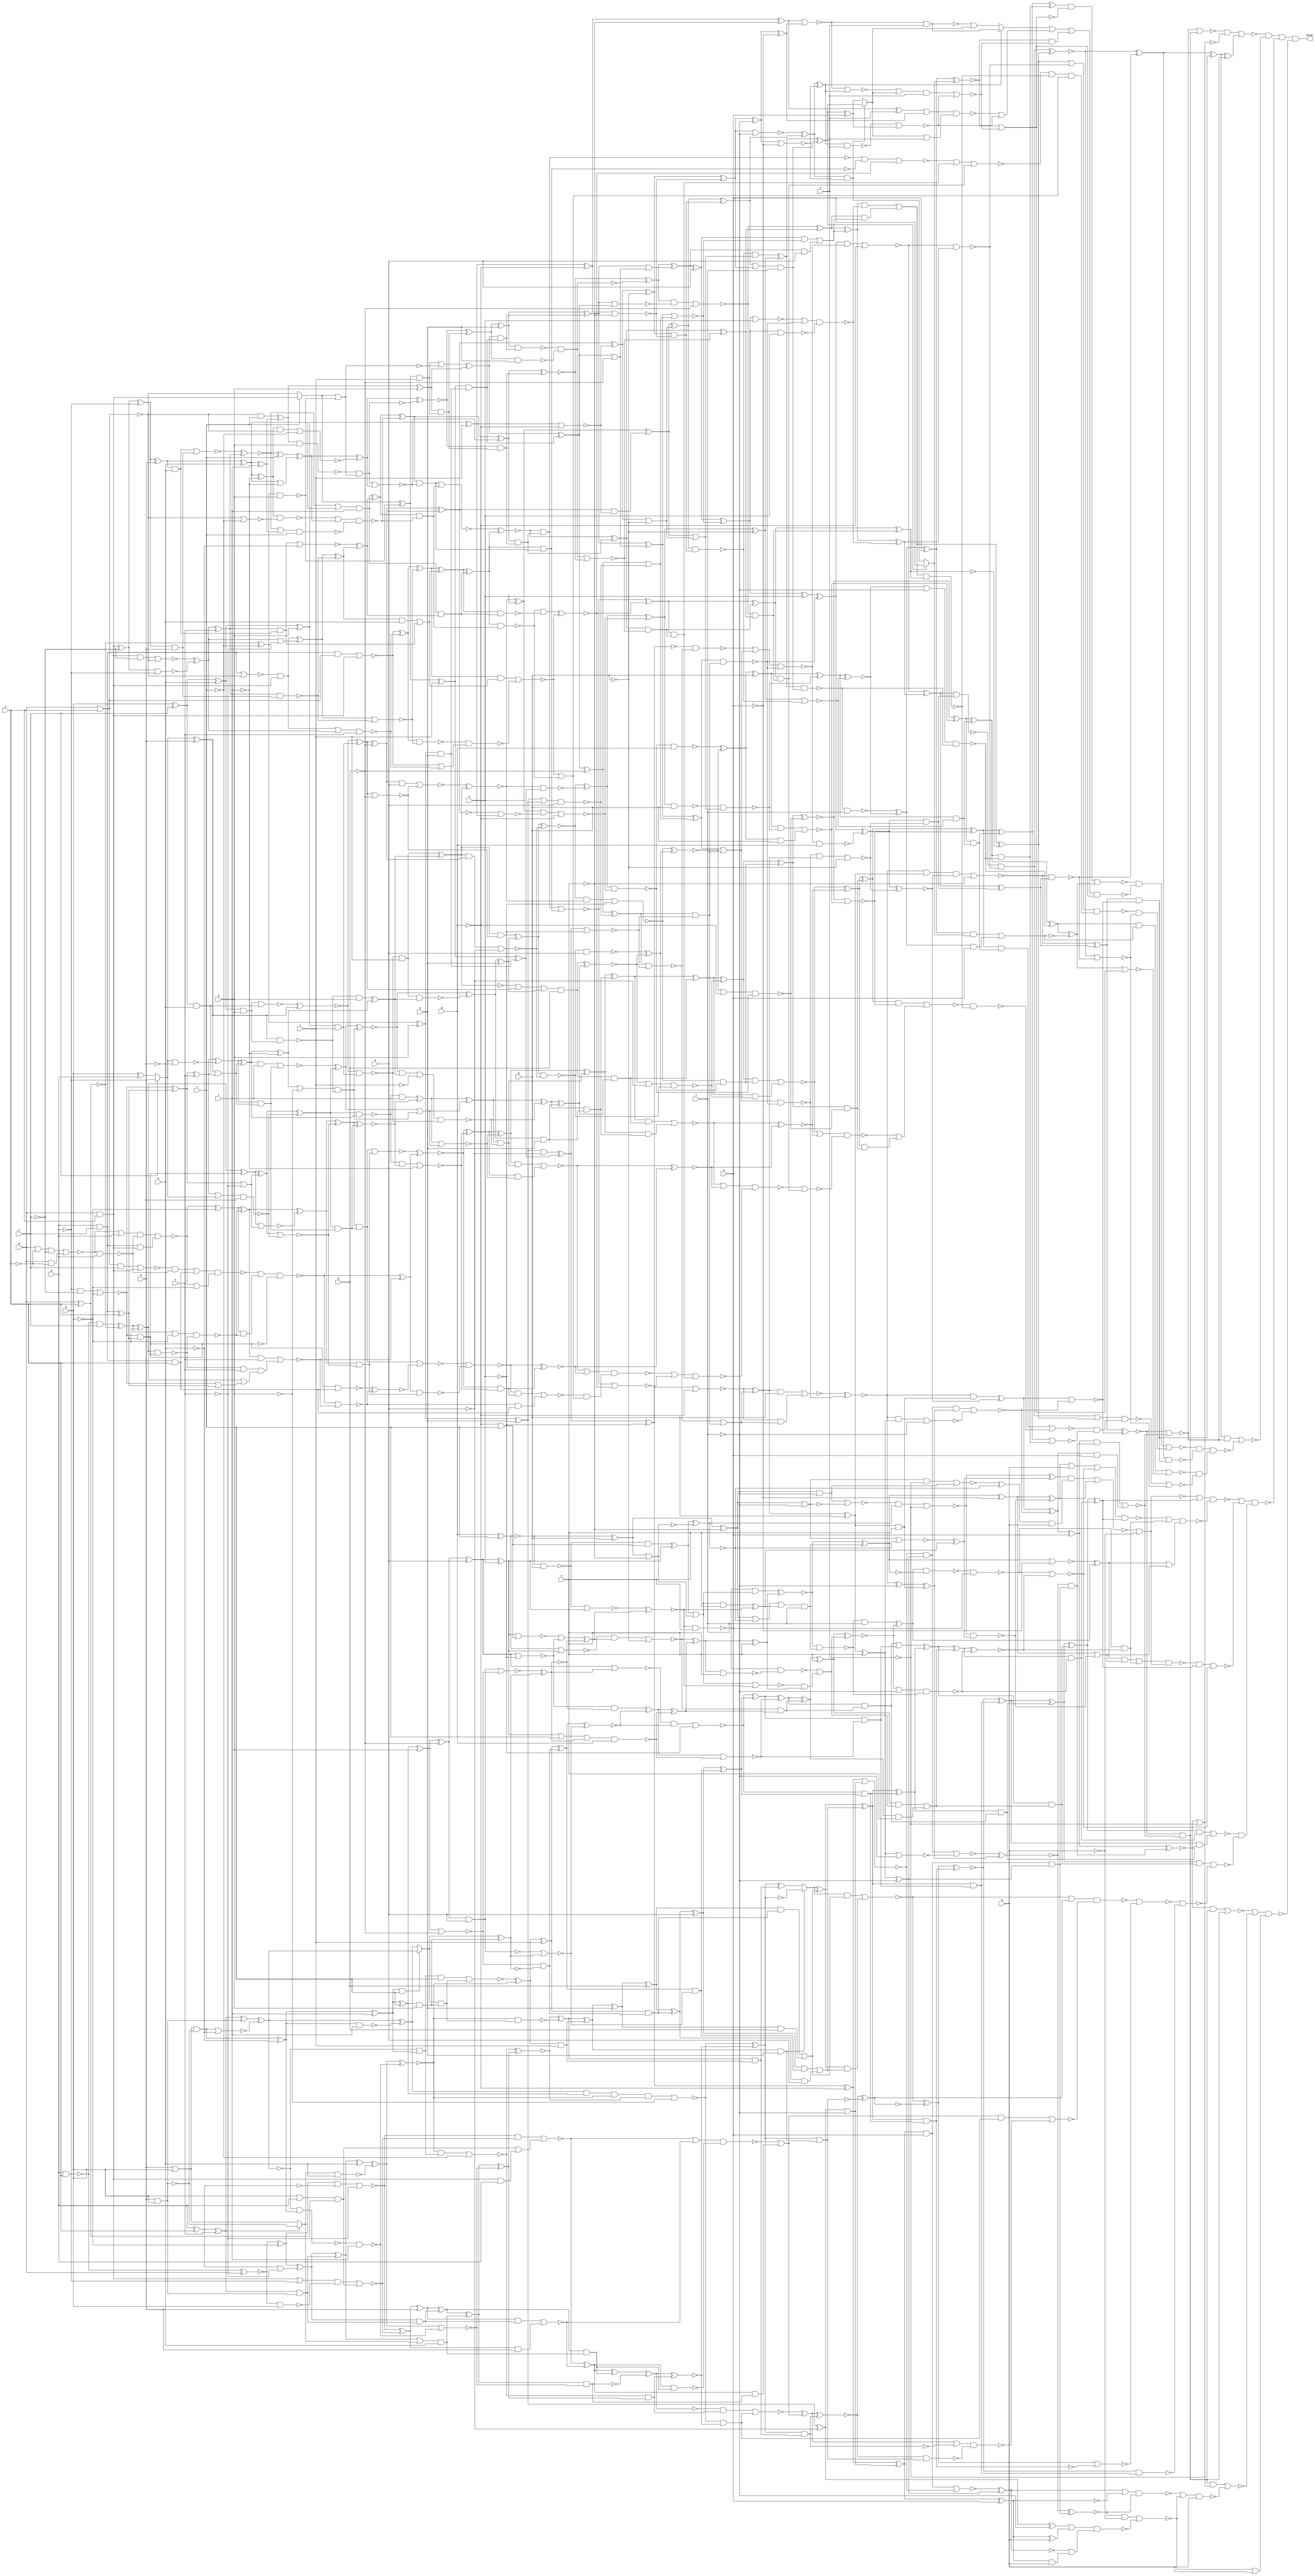
/* Generated by Yosys 0.7 (git sha1 61f6811, gcc 5.4.0-6ubuntu1~16.04.4 -O2 -fstack-protector-strong -fPIC -Os) */

(* top =  1  *)
(* src = "var23_multi.v:2" *)
module var23_multi(A, B, C, D, E, F, G, H, I, J, K, L, M, N, O, P, Q, R, S, T, U, V, W, valid);
  wire _0000_;
  wire _0001_;
  wire _0002_;
  wire _0003_;
  wire _0004_;
  wire _0005_;
  wire _0006_;
  wire _0007_;
  wire _0008_;
  wire _0009_;
  wire _0010_;
  wire _0011_;
  wire _0012_;
  wire _0013_;
  wire _0014_;
  wire _0015_;
  wire _0016_;
  wire _0017_;
  wire _0018_;
  wire _0019_;
  wire _0020_;
  wire _0021_;
  wire _0022_;
  wire _0023_;
  wire _0024_;
  wire _0025_;
  wire _0026_;
  wire _0027_;
  wire _0028_;
  wire _0029_;
  wire _0030_;
  wire _0031_;
  wire _0032_;
  wire _0033_;
  wire _0034_;
  wire _0035_;
  wire _0036_;
  wire _0037_;
  wire _0038_;
  wire _0039_;
  wire _0040_;
  wire _0041_;
  wire _0042_;
  wire _0043_;
  wire _0044_;
  wire _0045_;
  wire _0046_;
  wire _0047_;
  wire _0048_;
  wire _0049_;
  wire _0050_;
  wire _0051_;
  wire _0052_;
  wire _0053_;
  wire _0054_;
  wire _0055_;
  wire _0056_;
  wire _0057_;
  wire _0058_;
  wire _0059_;
  wire _0060_;
  wire _0061_;
  wire _0062_;
  wire _0063_;
  wire _0064_;
  wire _0065_;
  wire _0066_;
  wire _0067_;
  wire _0068_;
  wire _0069_;
  wire _0070_;
  wire _0071_;
  wire _0072_;
  wire _0073_;
  wire _0074_;
  wire _0075_;
  wire _0076_;
  wire _0077_;
  wire _0078_;
  wire _0079_;
  wire _0080_;
  wire _0081_;
  wire _0082_;
  wire _0083_;
  wire _0084_;
  wire _0085_;
  wire _0086_;
  wire _0087_;
  wire _0088_;
  wire _0089_;
  wire _0090_;
  wire _0091_;
  wire _0092_;
  wire _0093_;
  wire _0094_;
  wire _0095_;
  wire _0096_;
  wire _0097_;
  wire _0098_;
  wire _0099_;
  wire _0100_;
  wire _0101_;
  wire _0102_;
  wire _0103_;
  wire _0104_;
  wire _0105_;
  wire _0106_;
  wire _0107_;
  wire _0108_;
  wire _0109_;
  wire _0110_;
  wire _0111_;
  wire _0112_;
  wire _0113_;
  wire _0114_;
  wire _0115_;
  wire _0116_;
  wire _0117_;
  wire _0118_;
  wire _0119_;
  wire _0120_;
  wire _0121_;
  wire _0122_;
  wire _0123_;
  wire _0124_;
  wire _0125_;
  wire _0126_;
  wire _0127_;
  wire _0128_;
  wire _0129_;
  wire _0130_;
  wire _0131_;
  wire _0132_;
  wire _0133_;
  wire _0134_;
  wire _0135_;
  wire _0136_;
  wire _0137_;
  wire _0138_;
  wire _0139_;
  wire _0140_;
  wire _0141_;
  wire _0142_;
  wire _0143_;
  wire _0144_;
  wire _0145_;
  wire _0146_;
  wire _0147_;
  wire _0148_;
  wire _0149_;
  wire _0150_;
  wire _0151_;
  wire _0152_;
  wire _0153_;
  wire _0154_;
  wire _0155_;
  wire _0156_;
  wire _0157_;
  wire _0158_;
  wire _0159_;
  wire _0160_;
  wire _0161_;
  wire _0162_;
  wire _0163_;
  wire _0164_;
  wire _0165_;
  wire _0166_;
  wire _0167_;
  wire _0168_;
  wire _0169_;
  wire _0170_;
  wire _0171_;
  wire _0172_;
  wire _0173_;
  wire _0174_;
  wire _0175_;
  wire _0176_;
  wire _0177_;
  wire _0178_;
  wire _0179_;
  wire _0180_;
  wire _0181_;
  wire _0182_;
  wire _0183_;
  wire _0184_;
  wire _0185_;
  wire _0186_;
  wire _0187_;
  wire _0188_;
  wire _0189_;
  wire _0190_;
  wire _0191_;
  wire _0192_;
  wire _0193_;
  wire _0194_;
  wire _0195_;
  wire _0196_;
  wire _0197_;
  wire _0198_;
  wire _0199_;
  wire _0200_;
  wire _0201_;
  wire _0202_;
  wire _0203_;
  wire _0204_;
  wire _0205_;
  wire _0206_;
  wire _0207_;
  wire _0208_;
  wire _0209_;
  wire _0210_;
  wire _0211_;
  wire _0212_;
  wire _0213_;
  wire _0214_;
  wire _0215_;
  wire _0216_;
  wire _0217_;
  wire _0218_;
  wire _0219_;
  wire _0220_;
  wire _0221_;
  wire _0222_;
  wire _0223_;
  wire _0224_;
  wire _0225_;
  wire _0226_;
  wire _0227_;
  wire _0228_;
  wire _0229_;
  wire _0230_;
  wire _0231_;
  wire _0232_;
  wire _0233_;
  wire _0234_;
  wire _0235_;
  wire _0236_;
  wire _0237_;
  wire _0238_;
  wire _0239_;
  wire _0240_;
  wire _0241_;
  wire _0242_;
  wire _0243_;
  wire _0244_;
  wire _0245_;
  wire _0246_;
  wire _0247_;
  wire _0248_;
  wire _0249_;
  wire _0250_;
  wire _0251_;
  wire _0252_;
  wire _0253_;
  wire _0254_;
  wire _0255_;
  wire _0256_;
  wire _0257_;
  wire _0258_;
  wire _0259_;
  wire _0260_;
  wire _0261_;
  wire _0262_;
  wire _0263_;
  wire _0264_;
  wire _0265_;
  wire _0266_;
  wire _0267_;
  wire _0268_;
  wire _0269_;
  wire _0270_;
  wire _0271_;
  wire _0272_;
  wire _0273_;
  wire _0274_;
  wire _0275_;
  wire _0276_;
  wire _0277_;
  wire _0278_;
  wire _0279_;
  wire _0280_;
  wire _0281_;
  wire _0282_;
  wire _0283_;
  wire _0284_;
  wire _0285_;
  wire _0286_;
  wire _0287_;
  wire _0288_;
  wire _0289_;
  wire _0290_;
  wire _0291_;
  wire _0292_;
  wire _0293_;
  wire _0294_;
  wire _0295_;
  wire _0296_;
  wire _0297_;
  wire _0298_;
  wire _0299_;
  wire _0300_;
  wire _0301_;
  wire _0302_;
  wire _0303_;
  wire _0304_;
  wire _0305_;
  wire _0306_;
  wire _0307_;
  wire _0308_;
  wire _0309_;
  wire _0310_;
  wire _0311_;
  wire _0312_;
  wire _0313_;
  wire _0314_;
  wire _0315_;
  wire _0316_;
  wire _0317_;
  wire _0318_;
  wire _0319_;
  wire _0320_;
  wire _0321_;
  wire _0322_;
  wire _0323_;
  wire _0324_;
  wire _0325_;
  wire _0326_;
  wire _0327_;
  wire _0328_;
  wire _0329_;
  wire _0330_;
  wire _0331_;
  wire _0332_;
  wire _0333_;
  wire _0334_;
  wire _0335_;
  wire _0336_;
  wire _0337_;
  wire _0338_;
  wire _0339_;
  wire _0340_;
  wire _0341_;
  wire _0342_;
  wire _0343_;
  wire _0344_;
  wire _0345_;
  wire _0346_;
  wire _0347_;
  wire _0348_;
  wire _0349_;
  wire _0350_;
  wire _0351_;
  wire _0352_;
  wire _0353_;
  wire _0354_;
  wire _0355_;
  wire _0356_;
  wire _0357_;
  wire _0358_;
  wire _0359_;
  wire _0360_;
  wire _0361_;
  wire _0362_;
  wire _0363_;
  wire _0364_;
  wire _0365_;
  wire _0366_;
  wire _0367_;
  wire _0368_;
  wire _0369_;
  wire _0370_;
  wire _0371_;
  wire _0372_;
  wire _0373_;
  wire _0374_;
  wire _0375_;
  wire _0376_;
  wire _0377_;
  wire _0378_;
  wire _0379_;
  wire _0380_;
  wire _0381_;
  wire _0382_;
  wire _0383_;
  wire _0384_;
  wire _0385_;
  wire _0386_;
  wire _0387_;
  wire _0388_;
  wire _0389_;
  wire _0390_;
  wire _0391_;
  wire _0392_;
  wire _0393_;
  wire _0394_;
  wire _0395_;
  wire _0396_;
  wire _0397_;
  wire _0398_;
  wire _0399_;
  wire _0400_;
  wire _0401_;
  wire _0402_;
  wire _0403_;
  wire _0404_;
  wire _0405_;
  wire _0406_;
  wire _0407_;
  wire _0408_;
  wire _0409_;
  wire _0410_;
  wire _0411_;
  wire _0412_;
  wire _0413_;
  wire _0414_;
  wire _0415_;
  wire _0416_;
  wire _0417_;
  wire _0418_;
  wire _0419_;
  wire _0420_;
  wire _0421_;
  wire _0422_;
  wire _0423_;
  wire _0424_;
  wire _0425_;
  wire _0426_;
  wire _0427_;
  wire _0428_;
  wire _0429_;
  wire _0430_;
  wire _0431_;
  wire _0432_;
  wire _0433_;
  wire _0434_;
  wire _0435_;
  wire _0436_;
  wire _0437_;
  wire _0438_;
  wire _0439_;
  wire _0440_;
  wire _0441_;
  wire _0442_;
  wire _0443_;
  wire _0444_;
  wire _0445_;
  wire _0446_;
  wire _0447_;
  wire _0448_;
  wire _0449_;
  wire _0450_;
  wire _0451_;
  wire _0452_;
  wire _0453_;
  wire _0454_;
  wire _0455_;
  wire _0456_;
  wire _0457_;
  wire _0458_;
  wire _0459_;
  wire _0460_;
  wire _0461_;
  wire _0462_;
  wire _0463_;
  wire _0464_;
  wire _0465_;
  wire _0466_;
  wire _0467_;
  wire _0468_;
  wire _0469_;
  wire _0470_;
  wire _0471_;
  wire _0472_;
  wire _0473_;
  wire _0474_;
  wire _0475_;
  wire _0476_;
  wire _0477_;
  wire _0478_;
  wire _0479_;
  wire _0480_;
  wire _0481_;
  wire _0482_;
  wire _0483_;
  wire _0484_;
  wire _0485_;
  wire _0486_;
  wire _0487_;
  wire _0488_;
  wire _0489_;
  wire _0490_;
  wire _0491_;
  wire _0492_;
  wire _0493_;
  wire _0494_;
  wire _0495_;
  wire _0496_;
  wire _0497_;
  wire _0498_;
  wire _0499_;
  wire _0500_;
  wire _0501_;
  wire _0502_;
  wire _0503_;
  wire _0504_;
  wire _0505_;
  wire _0506_;
  wire _0507_;
  wire _0508_;
  wire _0509_;
  wire _0510_;
  wire _0511_;
  wire _0512_;
  wire _0513_;
  wire _0514_;
  wire _0515_;
  wire _0516_;
  wire _0517_;
  wire _0518_;
  wire _0519_;
  wire _0520_;
  wire _0521_;
  wire _0522_;
  wire _0523_;
  wire _0524_;
  wire _0525_;
  wire _0526_;
  wire _0527_;
  wire _0528_;
  wire _0529_;
  wire _0530_;
  wire _0531_;
  wire _0532_;
  wire _0533_;
  wire _0534_;
  wire _0535_;
  wire _0536_;
  wire _0537_;
  wire _0538_;
  wire _0539_;
  wire _0540_;
  wire _0541_;
  wire _0542_;
  wire _0543_;
  wire _0544_;
  wire _0545_;
  wire _0546_;
  wire _0547_;
  wire _0548_;
  wire _0549_;
  wire _0550_;
  wire _0551_;
  wire _0552_;
  wire _0553_;
  wire _0554_;
  wire _0555_;
  wire _0556_;
  wire _0557_;
  wire _0558_;
  wire _0559_;
  wire _0560_;
  wire _0561_;
  wire _0562_;
  wire _0563_;
  wire _0564_;
  wire _0565_;
  wire _0566_;
  wire _0567_;
  wire _0568_;
  wire _0569_;
  wire _0570_;
  wire _0571_;
  wire _0572_;
  wire _0573_;
  wire _0574_;
  wire _0575_;
  wire _0576_;
  wire _0577_;
  wire _0578_;
  wire _0579_;
  wire _0580_;
  wire _0581_;
  wire _0582_;
  wire _0583_;
  wire _0584_;
  wire _0585_;
  wire _0586_;
  wire _0587_;
  wire _0588_;
  wire _0589_;
  wire _0590_;
  wire _0591_;
  wire _0592_;
  wire _0593_;
  wire _0594_;
  wire _0595_;
  wire _0596_;
  wire _0597_;
  wire _0598_;
  wire _0599_;
  wire _0600_;
  wire _0601_;
  wire _0602_;
  wire _0603_;
  wire _0604_;
  wire _0605_;
  wire _0606_;
  wire _0607_;
  wire _0608_;
  wire _0609_;
  wire _0610_;
  wire _0611_;
  wire _0612_;
  wire _0613_;
  wire _0614_;
  wire _0615_;
  wire _0616_;
  wire _0617_;
  wire _0618_;
  wire _0619_;
  wire _0620_;
  wire _0621_;
  wire _0622_;
  wire _0623_;
  wire _0624_;
  wire _0625_;
  wire _0626_;
  wire _0627_;
  wire _0628_;
  wire _0629_;
  wire _0630_;
  wire _0631_;
  wire _0632_;
  wire _0633_;
  wire _0634_;
  wire _0635_;
  wire _0636_;
  wire _0637_;
  wire _0638_;
  wire _0639_;
  wire _0640_;
  wire _0641_;
  wire _0642_;
  wire _0643_;
  wire _0644_;
  wire _0645_;
  wire _0646_;
  wire _0647_;
  wire _0648_;
  wire _0649_;
  wire _0650_;
  wire _0651_;
  wire _0652_;
  wire _0653_;
  wire _0654_;
  wire _0655_;
  wire _0656_;
  wire _0657_;
  wire _0658_;
  wire _0659_;
  wire _0660_;
  wire _0661_;
  wire _0662_;
  wire _0663_;
  wire _0664_;
  wire _0665_;
  wire _0666_;
  wire _0667_;
  wire _0668_;
  wire _0669_;
  wire _0670_;
  wire _0671_;
  wire _0672_;
  wire _0673_;
  wire _0674_;
  wire _0675_;
  wire _0676_;
  wire _0677_;
  wire _0678_;
  wire _0679_;
  wire _0680_;
  wire _0681_;
  wire _0682_;
  wire _0683_;
  wire _0684_;
  wire _0685_;
  wire _0686_;
  wire _0687_;
  wire _0688_;
  wire _0689_;
  wire _0690_;
  wire _0691_;
  wire _0692_;
  wire _0693_;
  wire _0694_;
  wire _0695_;
  wire _0696_;
  wire _0697_;
  wire _0698_;
  wire _0699_;
  wire _0700_;
  wire _0701_;
  wire _0702_;
  wire _0703_;
  wire _0704_;
  wire _0705_;
  wire _0706_;
  wire _0707_;
  wire _0708_;
  wire _0709_;
  wire _0710_;
  wire _0711_;
  wire _0712_;
  wire _0713_;
  wire _0714_;
  wire _0715_;
  wire _0716_;
  wire _0717_;
  wire _0718_;
  wire _0719_;
  wire _0720_;
  wire _0721_;
  wire _0722_;
  wire _0723_;
  wire _0724_;
  wire _0725_;
  wire _0726_;
  wire _0727_;
  wire _0728_;
  wire _0729_;
  wire _0730_;
  wire _0731_;
  wire _0732_;
  wire _0733_;
  wire _0734_;
  wire _0735_;
  wire _0736_;
  wire _0737_;
  wire _0738_;
  wire _0739_;
  wire _0740_;
  wire _0741_;
  wire _0742_;
  wire _0743_;
  wire _0744_;
  wire _0745_;
  wire _0746_;
  wire _0747_;
  wire _0748_;
  wire _0749_;
  wire _0750_;
  wire _0751_;
  wire _0752_;
  wire _0753_;
  wire _0754_;
  wire _0755_;
  wire _0756_;
  wire _0757_;
  wire _0758_;
  wire _0759_;
  wire _0760_;
  wire _0761_;
  wire _0762_;
  wire _0763_;
  wire _0764_;
  wire _0765_;
  wire _0766_;
  wire _0767_;
  wire _0768_;
  wire _0769_;
  wire _0770_;
  wire _0771_;
  (* src = "var23_multi.v:3" *)
  input A;
  (* src = "var23_multi.v:3" *)
  input B;
  (* src = "var23_multi.v:3" *)
  input C;
  (* src = "var23_multi.v:3" *)
  input D;
  (* src = "var23_multi.v:3" *)
  input E;
  (* src = "var23_multi.v:3" *)
  input F;
  (* src = "var23_multi.v:3" *)
  input G;
  (* src = "var23_multi.v:3" *)
  input H;
  (* src = "var23_multi.v:3" *)
  input I;
  (* src = "var23_multi.v:3" *)
  input J;
  (* src = "var23_multi.v:3" *)
  input K;
  (* src = "var23_multi.v:3" *)
  input L;
  (* src = "var23_multi.v:3" *)
  input M;
  (* src = "var23_multi.v:3" *)
  input N;
  (* src = "var23_multi.v:3" *)
  input O;
  (* src = "var23_multi.v:3" *)
  input P;
  (* src = "var23_multi.v:3" *)
  input Q;
  (* src = "var23_multi.v:3" *)
  input R;
  (* src = "var23_multi.v:3" *)
  input S;
  (* src = "var23_multi.v:3" *)
  input T;
  (* src = "var23_multi.v:3" *)
  input U;
  (* src = "var23_multi.v:3" *)
  input V;
  (* src = "var23_multi.v:3" *)
  input W;
  (* src = "var23_multi.v:4" *)
  output valid;
  assign _0150_ = ~W;
  assign _0161_ = ~T;
  assign _0172_ = ~P;
  assign _0183_ = ~J;
  assign _0194_ = ~(B ^ A);
  assign _0205_ = _0194_ ^ _0183_;
  assign _0216_ = _0205_ ^ K;
  assign _0227_ = _0216_ & M;
  assign _0238_ = ~(_0205_ & K);
  assign _0259_ = B & A;
  assign _0260_ = ~(B | A);
  assign _0271_ = J ? _0259_ : _0260_;
  assign _0282_ = _0271_ ^ _0238_;
  assign _0293_ = _0282_ ^ L;
  assign _0304_ = _0293_ ^ _0227_;
  assign _0315_ = ~O;
  assign _0336_ = _0216_ ^ M;
  assign _0337_ = _0336_ | _0315_;
  assign _0348_ = _0337_ ^ _0304_;
  assign _0359_ = ~(_0348_ | _0172_);
  assign _0370_ = ~((_0336_ | _0304_) & O);
  assign _0381_ = ~N;
  assign _0392_ = _0293_ & _0227_;
  assign _0403_ = ~D;
  assign _0414_ = ~C;
  assign _0425_ = _0259_ ^ _0414_;
  assign _0436_ = _0425_ ^ _0403_;
  assign _0447_ = _0436_ ^ G;
  assign _0458_ = _0447_ ^ H;
  assign _0469_ = _0458_ ^ I;
  assign _0480_ = _0260_ & J;
  assign _0491_ = _0480_ ^ _0469_;
  assign _0502_ = _0491_ ^ K;
  assign _0513_ = ~(_0271_ | _0238_);
  assign _0524_ = _0282_ & L;
  assign _0535_ = _0524_ | _0513_;
  assign _0546_ = _0535_ ^ _0502_;
  assign _0557_ = _0546_ ^ _0392_;
  assign _0568_ = _0557_ ^ _0381_;
  assign _0579_ = _0568_ ^ _0370_;
  assign _0590_ = _0579_ & _0359_;
  assign _0611_ = ~(_0579_ | _0359_);
  assign _0612_ = _0611_ | _0590_;
  assign _0623_ = ~Q;
  assign _0634_ = _0348_ ^ _0172_;
  assign _0645_ = ~(_0634_ | _0623_);
  assign _0656_ = _0645_ ^ _0612_;
  assign _0667_ = _0656_ ^ R;
  assign _0678_ = _0667_ ^ S;
  assign _0689_ = _0678_ ^ _0161_;
  assign _0700_ = _0336_ ^ _0315_;
  assign _0711_ = _0700_ | _0161_;
  assign _0722_ = _0634_ ^ _0623_;
  assign _0733_ = _0722_ ^ _0711_;
  assign _0744_ = _0733_ & U;
  assign _0752_ = _0744_ & _0689_;
  assign _0753_ = _0667_ & S;
  assign _0754_ = _0568_ | _0370_;
  assign _0755_ = _0557_ | _0381_;
  assign _0756_ = _0546_ & _0392_;
  assign _0757_ = _0502_ & _0524_;
  assign _0758_ = ~_0513_;
  assign _0759_ = ~(_0491_ & K);
  assign _0760_ = ~(_0759_ & _0758_);
  assign _0761_ = ~I;
  assign _0762_ = _0458_ ^ _0761_;
  assign _0763_ = ~((_0762_ & _0260_) | _0183_);
  assign _0764_ = _0458_ | _0761_;
  assign _0765_ = ~(_0425_ | _0403_);
  assign _0766_ = ~((_0259_ & _0414_) | _0260_);
  assign _0767_ = _0766_ ^ _0765_;
  assign _0768_ = _0767_ ^ F;
  assign _0769_ = _0436_ & G;
  assign _0770_ = ~((_0447_ & H) | _0769_);
  assign _0771_ = ~(_0770_ ^ _0768_);
  assign _0000_ = _0771_ ^ J;
  assign _0001_ = _0000_ ^ _0764_;
  assign _0002_ = _0001_ ^ _0763_;
  assign _0003_ = ~(_0002_ ^ _0760_);
  assign _0004_ = _0003_ ^ _0757_;
  assign _0005_ = _0004_ ^ M;
  assign _0006_ = _0005_ ^ _0756_;
  assign _0007_ = _0006_ ^ _0755_;
  assign _0008_ = _0007_ ^ _0754_;
  assign _0009_ = ~(_0008_ & _0590_);
  assign _0010_ = _0008_ | _0590_;
  assign _0011_ = ~(_0010_ & _0009_);
  assign _0012_ = _0645_ & _0612_;
  assign _0013_ = ~((_0656_ & R) | _0012_);
  assign _0014_ = ~(_0013_ ^ _0011_);
  assign _0015_ = _0014_ ^ _0161_;
  assign _0016_ = _0015_ ^ _0753_;
  assign _0017_ = ~(_0678_ | _0161_);
  assign _0018_ = ~(_0722_ | _0711_);
  assign _0019_ = _0018_ & _0689_;
  assign _0020_ = ~(_0019_ | _0017_);
  assign _0021_ = ~(_0020_ ^ _0016_);
  assign _0022_ = ~(_0021_ ^ _0752_);
  assign _0023_ = _0733_ ^ U;
  assign _0024_ = _0023_ & W;
  assign _0025_ = ~(_0744_ | _0018_);
  assign _0026_ = _0025_ ^ _0689_;
  assign _0027_ = ~_0026_;
  assign _0028_ = _0023_ ^ W;
  assign _0029_ = _0700_ ^ _0161_;
  assign _0030_ = ~((_0029_ | _0028_) & (_0027_ | _0024_));
  assign _0031_ = ~((_0022_ & _0150_) | _0030_);
  assign _0032_ = ~V;
  assign _0033_ = _0021_ & _0752_;
  assign _0034_ = ~((_0014_ & _0678_) | _0161_);
  assign _0035_ = ~((_0019_ & _0016_) | _0034_);
  assign _0036_ = ~R;
  assign _0037_ = ~((_0011_ & _0656_) | _0036_);
  assign _0038_ = ~_0634_;
  assign _0039_ = ~(_0038_ & _0611_);
  assign _0040_ = ~((_0039_ | _0010_) & _0009_);
  assign _0041_ = ~(_0040_ & Q);
  assign _0042_ = ~(_0007_ | _0754_);
  assign _0043_ = _0006_ | _0755_;
  assign _0044_ = ~(_0004_ & M);
  assign _0045_ = ~(_0005_ & _0756_);
  assign _0046_ = ~(_0045_ & _0044_);
  assign _0047_ = _0003_ & _0757_;
  assign _0048_ = ~((_0759_ & _0758_) | _0002_);
  assign _0049_ = ~(_0260_ | _0183_);
  assign _0050_ = ~(_0762_ & _0049_);
  assign _0051_ = ~((_0771_ | _0469_) & J);
  assign _0052_ = ~((_0050_ | _0001_) & _0051_);
  assign _0053_ = ~(_0768_ & _0769_);
  assign _0054_ = ~F;
  assign _0055_ = _0767_ | _0054_;
  assign _0056_ = D & C;
  assign _0057_ = ~(_0056_ | _0260_);
  assign _0058_ = _0057_ | _0259_;
  assign _0059_ = _0058_ ^ _0055_;
  assign _0060_ = _0059_ ^ _0053_;
  assign _0061_ = ~H;
  assign _0062_ = _0447_ & H;
  assign _0063_ = _0768_ & _0062_;
  assign _0064_ = ~(_0063_ | _0061_);
  assign _0065_ = _0064_ ^ _0060_;
  assign _0066_ = _0771_ | _0458_;
  assign _0067_ = _0066_ & I;
  assign _0068_ = _0067_ ^ _0065_;
  assign _0069_ = _0068_ ^ _0052_;
  assign _0070_ = _0069_ ^ _0048_;
  assign _0071_ = ~(_0070_ ^ _0047_);
  assign _0072_ = _0071_ ^ _0046_;
  assign _0073_ = _0072_ ^ _0043_;
  assign _0074_ = _0073_ ^ O;
  assign _0075_ = _0074_ ^ _0042_;
  assign _0076_ = _0075_ ^ P;
  assign _0077_ = _0076_ ^ _0009_;
  assign _0078_ = _0077_ ^ _0041_;
  assign _0079_ = ~(_0078_ ^ _0037_);
  assign _0080_ = _0014_ & _0753_;
  assign _0081_ = _0080_ ^ _0079_;
  assign _0082_ = _0081_ ^ _0035_;
  assign _0083_ = _0082_ ^ U;
  assign _0084_ = ~(_0083_ ^ _0033_);
  assign _0085_ = ~(_0084_ | _0032_);
  assign _0086_ = ~_0085_;
  assign _0087_ = _0082_ & U;
  assign _0088_ = ~((_0083_ & _0033_) | _0087_);
  assign _0089_ = ~(_0081_ | _0035_);
  assign _0090_ = _0078_ & _0037_;
  assign _0091_ = ~(_0075_ & P);
  assign _0092_ = ~(_0075_ | P);
  assign _0093_ = ~((_0092_ | _0009_) & _0091_);
  assign _0094_ = _0073_ & O;
  assign _0095_ = _0074_ & _0042_;
  assign _0096_ = _0095_ | _0094_;
  assign _0097_ = ~((_0045_ & _0044_) | _0071_);
  assign _0098_ = _0070_ & _0047_;
  assign _0099_ = _0067_ & _0065_;
  assign _0100_ = _0060_ & H;
  assign _0101_ = _0100_ | _0063_;
  assign _0102_ = ~(_0059_ | _0053_);
  assign _0103_ = ~((_0058_ | _0767_) & F);
  assign _0104_ = ~_0260_;
  assign _0105_ = ~((_0056_ & _0104_) | _0259_);
  assign _0106_ = _0105_ ^ _0103_;
  assign _0107_ = _0106_ ^ _0102_;
  assign _0108_ = _0107_ ^ _0101_;
  assign _0109_ = _0108_ ^ _0099_;
  assign _0110_ = _0068_ & _0052_;
  assign _0111_ = _0069_ & _0048_;
  assign _0112_ = ~(_0111_ | _0110_);
  assign _0113_ = ~(_0112_ ^ _0109_);
  assign _0114_ = _0113_ ^ _0098_;
  assign _0115_ = _0114_ ^ _0097_;
  assign _0116_ = ~(_0006_ | _0557_);
  assign _0117_ = ~((_0072_ & _0116_) | _0381_);
  assign _0118_ = _0117_ ^ _0115_;
  assign _0119_ = _0118_ ^ _0096_;
  assign _0120_ = _0119_ ^ _0093_;
  assign _0121_ = ~((_0077_ & _0040_) | _0623_);
  assign _0122_ = _0121_ ^ _0120_;
  assign _0123_ = _0122_ ^ _0090_;
  assign _0124_ = ~S;
  assign _0125_ = _0014_ & _0667_;
  assign _0126_ = ~((_0125_ & _0079_) | _0124_);
  assign _0127_ = _0126_ ^ _0123_;
  assign _0128_ = ~(_0127_ ^ _0089_);
  assign _0129_ = _0128_ & _0088_;
  assign _0130_ = ~_0023_;
  assign _0131_ = ~((_0026_ | _0130_) & _0022_);
  assign _0132_ = ~((_0131_ | _0031_) & W);
  assign _0133_ = ~((_0129_ & _0086_) | _0132_);
  assign _0134_ = ~((_0084_ & _0032_) | _0129_);
  assign _0135_ = ~((_0134_ | _0133_) & (_0031_ | W));
  assign _0136_ = G & E;
  assign _0137_ = ~_0136_;
  assign _0138_ = G | E;
  assign _0139_ = _0138_ & _0137_;
  assign _0140_ = _0139_ ^ _0061_;
  assign _0141_ = _0140_ ^ I;
  assign _0142_ = _0141_ ^ J;
  assign _0143_ = _0142_ & K;
  assign _0144_ = _0141_ & J;
  assign _0145_ = ~(_0139_ | _0061_);
  assign _0146_ = D ^ A;
  assign _0147_ = _0146_ ^ F;
  assign _0148_ = _0147_ ^ _0136_;
  assign _0149_ = _0148_ ^ _0145_;
  assign _0151_ = ~(_0140_ & I);
  assign _0152_ = _0149_ ^ _0151_;
  assign _0153_ = _0144_ ? _0149_ : _0152_;
  assign _0154_ = _0153_ ^ _0143_;
  assign _0155_ = _0142_ ^ K;
  assign _0156_ = ~(_0155_ | _0381_);
  assign _0157_ = _0155_ ^ _0381_;
  assign _0158_ = ~((_0157_ & O) | _0156_);
  assign _0159_ = _0158_ ^ _0154_;
  assign _0160_ = _0157_ ^ O;
  assign _0162_ = _0160_ ^ P;
  assign _0163_ = _0162_ | J;
  assign _0164_ = ~((_0163_ | _0159_) & Q);
  assign _0165_ = ~(_0157_ & O);
  assign _0166_ = ~(_0165_ | _0154_);
  assign _0167_ = ~_0154_;
  assign _0168_ = _0156_ & _0167_;
  assign _0169_ = ~(_0148_ ^ _0145_);
  assign _0170_ = ~(_0169_ & _0140_);
  assign _0171_ = ~(_0170_ & I);
  assign _0173_ = _0147_ ? _0137_ : _0138_;
  assign _0174_ = ~(_0173_ & H);
  assign _0175_ = _0147_ & _0136_;
  assign _0176_ = _0146_ | _0054_;
  assign _0177_ = ~E;
  assign _0178_ = ~(D & A);
  assign _0179_ = ~(_0178_ ^ B);
  assign _0180_ = _0179_ ^ _0177_;
  assign _0181_ = _0180_ ^ _0176_;
  assign _0182_ = _0181_ ^ _0175_;
  assign _0184_ = _0182_ ^ H;
  assign _0185_ = _0184_ ^ _0174_;
  assign _0186_ = ~(_0185_ ^ _0171_);
  assign _0187_ = _0169_ & _0141_;
  assign _0188_ = _0153_ & _0143_;
  assign _0189_ = ~((_0187_ & J) | _0188_);
  assign _0190_ = _0189_ ^ _0186_;
  assign _0191_ = _0190_ ^ L;
  assign _0192_ = _0191_ ^ _0168_;
  assign _0193_ = ~(_0192_ ^ _0166_);
  assign _0195_ = ~_0159_;
  assign _0196_ = ~(_0160_ | _0172_);
  assign _0197_ = _0196_ & _0195_;
  assign _0198_ = _0197_ ^ _0193_;
  assign _0199_ = _0198_ ^ _0164_;
  assign _0200_ = _0623_ | J;
  assign _0201_ = ~(_0162_ | _0200_);
  assign _0202_ = _0201_ | _0196_;
  assign _0203_ = _0202_ ^ _0195_;
  assign _0204_ = ~(Q ^ J);
  assign _0206_ = ~_0204_;
  assign _0207_ = ~(_0206_ | _0162_);
  assign _0208_ = ~((_0207_ & _0203_) | _0036_);
  assign _0209_ = _0208_ & _0199_;
  assign _0210_ = ~(_0198_ | _0164_);
  assign _0211_ = _0192_ & _0166_;
  assign _0212_ = _0191_ & _0168_;
  assign _0213_ = _0190_ & L;
  assign _0214_ = ~(_0186_ & _0188_);
  assign _0215_ = ~(_0185_ | _0171_);
  assign _0217_ = _0182_ | _0173_;
  assign _0218_ = _0217_ & H;
  assign _0219_ = _0181_ & _0175_;
  assign _0220_ = ~(_0179_ & E);
  assign _0221_ = ~_0194_;
  assign _0222_ = E & D;
  assign _0223_ = _0222_ & _0221_;
  assign _0224_ = _0259_ | _0403_;
  assign _0225_ = ~((_0224_ & _0220_) | _0223_);
  assign _0226_ = ~_0146_;
  assign _0228_ = ~((_0180_ & _0226_) | _0054_);
  assign _0229_ = _0228_ ^ _0225_;
  assign _0230_ = _0229_ ^ G;
  assign _0231_ = _0230_ ^ _0219_;
  assign _0232_ = _0231_ ^ _0218_;
  assign _0233_ = _0232_ ^ _0215_;
  assign _0234_ = ~((_0186_ & _0187_) | _0183_);
  assign _0235_ = ~(_0234_ ^ _0233_);
  assign _0236_ = _0235_ ^ _0214_;
  assign _0237_ = _0236_ ^ _0213_;
  assign _0239_ = _0237_ ^ M;
  assign _0240_ = _0239_ ^ N;
  assign _0241_ = _0240_ ^ _0212_;
  assign _0242_ = _0241_ ^ O;
  assign _0243_ = _0242_ ^ _0211_;
  assign _0244_ = ~(_0160_ | _0159_);
  assign _0245_ = ~((_0244_ & _0193_) | _0172_);
  assign _0246_ = _0245_ ^ _0243_;
  assign _0247_ = _0246_ ^ _0210_;
  assign _0248_ = _0247_ ^ _0209_;
  assign _0249_ = _0248_ & S;
  assign _0250_ = _0208_ ^ _0199_;
  assign _0251_ = _0250_ ^ S;
  assign _0252_ = _0204_ & R;
  assign _0253_ = ~_0252_;
  assign _0254_ = ~(_0253_ | _0162_);
  assign _0255_ = ~(_0254_ ^ _0203_);
  assign _0256_ = _0204_ ^ R;
  assign _0257_ = ~(_0256_ | _0124_);
  assign _0258_ = ~_0257_;
  assign _0261_ = _0253_ & _0200_;
  assign _0262_ = _0261_ ^ _0162_;
  assign _0263_ = _0262_ | _0258_;
  assign _0264_ = ~(_0263_ | _0255_);
  assign _0265_ = _0264_ & _0251_;
  assign _0266_ = ~(_0250_ & S);
  assign _0267_ = _0255_ & S;
  assign _0268_ = ~_0267_;
  assign _0269_ = ~(_0268_ & _0266_);
  assign _0270_ = _0269_ | _0265_;
  assign _0272_ = _0248_ ^ S;
  assign _0273_ = _0272_ & _0270_;
  assign _0274_ = _0273_ | _0249_;
  assign _0275_ = _0245_ & _0243_;
  assign _0276_ = _0241_ & O;
  assign _0277_ = _0242_ & _0211_;
  assign _0278_ = _0277_ | _0276_;
  assign _0279_ = _0239_ & N;
  assign _0280_ = _0240_ & _0212_;
  assign _0281_ = _0280_ | _0279_;
  assign _0283_ = _0237_ & M;
  assign _0284_ = _0234_ & _0233_;
  assign _0285_ = ~(_0232_ & _0215_);
  assign _0286_ = _0231_ & _0218_;
  assign _0287_ = _0229_ & G;
  assign _0288_ = ~((_0230_ & _0219_) | _0287_);
  assign _0289_ = _0259_ & D;
  assign _0290_ = _0223_ | _0289_;
  assign _0291_ = ~((_0228_ & _0225_) | _0290_);
  assign _0292_ = _0291_ ^ _0288_;
  assign _0294_ = _0292_ ^ _0286_;
  assign _0295_ = _0294_ ^ _0285_;
  assign _0296_ = ~(_0295_ ^ _0284_);
  assign _0297_ = ~K;
  assign _0298_ = _0152_ & _0142_;
  assign _0299_ = _0298_ & _0186_;
  assign _0300_ = ~((_0299_ & _0235_) | _0297_);
  assign _0301_ = _0300_ ^ _0296_;
  assign _0302_ = ~_0301_;
  assign _0303_ = _0236_ & _0213_;
  assign _0305_ = _0301_ ^ _0303_;
  assign _0306_ = _0283_ ? _0302_ : _0305_;
  assign _0307_ = _0306_ ^ _0281_;
  assign _0308_ = _0307_ ^ _0278_;
  assign _0309_ = _0308_ ^ _0275_;
  assign _0310_ = _0246_ & _0210_;
  assign _0311_ = _0247_ & _0209_;
  assign _0312_ = _0311_ | _0310_;
  assign _0313_ = _0312_ ^ _0309_;
  assign _0314_ = _0313_ & _0274_;
  assign _0316_ = _0309_ & _0311_;
  assign _0317_ = _0308_ & _0310_;
  assign _0318_ = _0308_ & _0275_;
  assign _0319_ = _0301_ & _0283_;
  assign _0320_ = ~_0319_;
  assign _0321_ = _0301_ & _0303_;
  assign _0322_ = ~_0285_;
  assign _0323_ = _0292_ & _0322_;
  assign _0324_ = ~(_0292_ & _0286_);
  assign _0325_ = ~((_0291_ | _0288_) & _0324_);
  assign _0326_ = _0325_ | _0323_;
  assign _0327_ = ~_0295_;
  assign _0328_ = _0300_ & _0296_;
  assign _0329_ = ~((_0327_ & _0284_) | _0328_);
  assign _0330_ = _0329_ ^ _0326_;
  assign _0331_ = ~(_0330_ ^ _0321_);
  assign _0332_ = ~(_0331_ ^ _0320_);
  assign _0333_ = _0307_ & _0278_;
  assign _0334_ = ~((_0306_ & _0281_) | _0333_);
  assign _0335_ = _0334_ ^ _0332_;
  assign _0338_ = ~(_0335_ ^ _0318_);
  assign _0339_ = _0338_ ^ _0317_;
  assign _0340_ = _0339_ ^ _0316_;
  assign _0341_ = ~(_0338_ & _0317_);
  assign _0342_ = ~_0318_;
  assign _0343_ = ~(_0335_ | _0342_);
  assign _0344_ = ~_0332_;
  assign _0345_ = ~_0321_;
  assign _0346_ = ~(_0331_ & _0319_);
  assign _0347_ = ~((_0330_ | _0345_) & _0346_);
  assign _0349_ = ~((_0326_ & _0328_) | _0347_);
  assign _0350_ = ~((_0334_ | _0344_) & _0349_);
  assign _0351_ = ~(_0350_ | _0343_);
  assign _0352_ = ~(_0351_ & _0341_);
  assign _0353_ = ~((_0340_ & _0314_) | _0352_);
  assign _0354_ = _0263_ & S;
  assign _0355_ = _0354_ ^ _0255_;
  assign _0356_ = ~(_0262_ ^ _0257_);
  assign _0357_ = _0256_ ^ _0124_;
  assign _0358_ = _0357_ | _0356_;
  assign _0360_ = _0358_ | _0355_;
  assign _0361_ = _0360_ & T;
  assign _0362_ = _0268_ & _0263_;
  assign _0363_ = ~(_0362_ ^ _0251_);
  assign _0364_ = ~(_0363_ & _0361_);
  assign _0365_ = ~(_0272_ ^ _0270_);
  assign _0366_ = ~((_0365_ | _0161_) & _0364_);
  assign _0367_ = _0313_ ^ _0274_;
  assign _0368_ = _0367_ & _0366_;
  assign _0369_ = _0340_ ^ _0314_;
  assign _0371_ = ~((_0369_ & _0368_) | (_0339_ & _0316_));
  assign _0372_ = _0371_ & _0353_;
  assign _0373_ = ~(_0367_ ^ _0366_);
  assign _0374_ = _0363_ ^ _0361_;
  assign _0375_ = ~_0374_;
  assign _0376_ = _0364_ & T;
  assign _0377_ = _0376_ ^ _0365_;
  assign _0378_ = ~(_0377_ & _0375_);
  assign _0379_ = ~(_0378_ & U);
  assign _0380_ = ~(_0379_ | _0373_);
  assign _0382_ = _0369_ ^ _0368_;
  assign _0383_ = ~(_0357_ | _0161_);
  assign _0384_ = ~_0383_;
  assign _0385_ = _0357_ & _0161_;
  assign _0386_ = ~((_0384_ & _0032_) | _0385_);
  assign _0387_ = _0386_ ^ _0356_;
  assign _0388_ = _0387_ & W;
  assign _0389_ = ~(_0384_ | _0356_);
  assign _0390_ = _0389_ ^ _0355_;
  assign _0391_ = ~_0356_;
  assign _0393_ = ~(_0385_ | _0383_);
  assign _0394_ = ~((_0393_ & _0391_) | _0032_);
  assign _0395_ = _0394_ ^ _0390_;
  assign _0396_ = ~(_0394_ & _0390_);
  assign _0397_ = ~U;
  assign _0398_ = _0374_ ^ _0397_;
  assign _0399_ = _0398_ ^ _0396_;
  assign _0400_ = ~((_0395_ & _0388_) | _0399_);
  assign _0401_ = ~(_0400_ | _0150_);
  assign _0402_ = ~_0401_;
  assign _0404_ = _0379_ & _0373_;
  assign _0405_ = _0398_ | _0396_;
  assign _0406_ = ~(_0374_ | _0397_);
  assign _0407_ = _0406_ ^ _0377_;
  assign _0408_ = _0407_ & _0405_;
  assign _0409_ = ~((_0408_ | _0404_) & _0402_);
  assign _0410_ = ~((_0409_ & _0382_) | _0380_);
  assign _0411_ = _0399_ | W;
  assign _0412_ = ~((_0411_ | _0380_) & _0382_);
  assign _0413_ = ~((_0412_ | _0404_) & (_0407_ | _0405_));
  assign _0415_ = ~((_0401_ | _0382_) & _0413_);
  assign _0416_ = ~((_0415_ | _0410_) & _0372_);
  assign _0417_ = ~(_0128_ | _0088_);
  assign _0418_ = ~(_0126_ & _0123_);
  assign _0419_ = _0117_ & _0115_;
  assign _0420_ = _0114_ & _0097_;
  assign _0421_ = _0105_ | _0103_;
  assign _0422_ = ~(_0106_ & _0102_);
  assign _0423_ = ~(_0422_ & _0421_);
  assign _0424_ = ~((_0107_ & _0101_) | _0423_);
  assign _0426_ = ~(_0108_ & _0099_);
  assign _0427_ = ~(_0109_ & _0110_);
  assign _0428_ = _0427_ & _0426_;
  assign _0429_ = ~(_0428_ ^ _0424_);
  assign _0430_ = ~((_0113_ & _0098_) | (_0109_ & _0111_));
  assign _0431_ = _0430_ ^ _0429_;
  assign _0432_ = _0431_ ^ _0420_;
  assign _0433_ = ~(_0432_ ^ _0419_);
  assign _0434_ = _0118_ & _0096_;
  assign _0435_ = _0119_ & _0093_;
  assign _0437_ = _0435_ | _0434_;
  assign _0438_ = _0437_ ^ _0433_;
  assign _0439_ = ~(_0121_ & _0120_);
  assign _0440_ = ~(_0122_ & _0090_);
  assign _0441_ = _0440_ & _0439_;
  assign _0442_ = ~(_0441_ ^ _0438_);
  assign _0443_ = ~(_0442_ | _0418_);
  assign _0444_ = E ^ C;
  assign _0445_ = _0444_ ^ H;
  assign _0446_ = _0445_ ^ K;
  assign _0448_ = _0446_ ^ L;
  assign _0449_ = _0448_ ^ _0623_;
  assign _0450_ = ~(_0449_ | _0124_);
  assign _0451_ = ~(_0448_ | _0623_);
  assign _0452_ = _0446_ & L;
  assign _0453_ = E ^ D;
  assign _0454_ = C ? _0403_ : _0453_;
  assign _0455_ = _0454_ ^ G;
  assign _0456_ = _0444_ & H;
  assign _0457_ = _0445_ & K;
  assign _0459_ = ~(_0457_ | _0456_);
  assign _0460_ = ~(_0459_ ^ _0455_);
  assign _0461_ = _0460_ ^ _0452_;
  assign _0462_ = _0461_ ^ _0381_;
  assign _0463_ = _0462_ ^ O;
  assign _0464_ = _0463_ ^ _0451_;
  assign _0465_ = _0464_ ^ _0036_;
  assign _0466_ = _0465_ & _0450_;
  assign _0467_ = _0464_ | _0036_;
  assign _0468_ = _0463_ & _0451_;
  assign _0470_ = _0455_ & _0456_;
  assign _0471_ = ~G;
  assign _0472_ = ~(_0454_ | _0471_);
  assign _0473_ = _0056_ ^ A;
  assign _0474_ = ~((_0403_ & _0414_) | _0177_);
  assign _0475_ = _0474_ ^ _0473_;
  assign _0476_ = _0475_ ^ F;
  assign _0477_ = _0476_ ^ _0472_;
  assign _0478_ = _0477_ ^ _0470_;
  assign _0479_ = _0478_ ^ _0761_;
  assign _0481_ = ~(_0455_ & _0457_);
  assign _0482_ = _0481_ & K;
  assign _0483_ = _0482_ ^ _0479_;
  assign _0484_ = ~(_0460_ & _0452_);
  assign _0485_ = _0484_ & L;
  assign _0486_ = _0485_ ^ _0483_;
  assign _0487_ = ~(_0461_ | _0381_);
  assign _0488_ = ~((_0462_ & O) | _0487_);
  assign _0489_ = ~(_0488_ ^ _0486_);
  assign _0490_ = _0489_ ^ P;
  assign _0492_ = _0490_ ^ _0468_;
  assign _0493_ = _0492_ ^ _0467_;
  assign _0494_ = ~(_0493_ & _0466_);
  assign _0495_ = ~_0463_;
  assign _0496_ = ~(_0495_ | _0448_);
  assign _0497_ = ~((_0490_ & _0496_) | _0623_);
  assign _0498_ = ~(_0489_ & P);
  assign _0499_ = ~((_0486_ & _0462_) | _0315_);
  assign _0500_ = ~(_0485_ & _0483_);
  assign _0501_ = _0479_ | _0297_;
  assign _0503_ = _0501_ & _0481_;
  assign _0504_ = ~((_0476_ | _0454_) & G);
  assign _0505_ = _0475_ | _0054_;
  assign _0506_ = _0474_ & _0473_;
  assign _0507_ = _0178_ & C;
  assign _0508_ = _0507_ ^ _0194_;
  assign _0509_ = _0508_ ^ _0177_;
  assign _0510_ = _0509_ ^ _0506_;
  assign _0511_ = _0510_ ^ _0505_;
  assign _0512_ = _0511_ ^ _0504_;
  assign _0514_ = _0477_ & _0470_;
  assign _0515_ = ~((_0478_ & I) | _0514_);
  assign _0516_ = _0515_ ^ _0512_;
  assign _0517_ = ~(_0516_ ^ _0503_);
  assign _0518_ = _0517_ ^ _0500_;
  assign _0519_ = _0518_ ^ M;
  assign _0520_ = _0486_ & _0487_;
  assign _0521_ = _0520_ ^ _0519_;
  assign _0522_ = ~(_0521_ ^ _0499_);
  assign _0523_ = _0522_ ^ _0498_;
  assign _0525_ = _0523_ ^ _0497_;
  assign _0526_ = _0525_ ^ _0036_;
  assign _0527_ = ~(_0526_ | _0494_);
  assign _0528_ = _0492_ | _0467_;
  assign _0529_ = ~(_0525_ & R);
  assign _0530_ = ~(_0529_ & _0528_);
  assign _0531_ = _0518_ & M;
  assign _0532_ = ~L;
  assign _0533_ = _0517_ & _0483_;
  assign _0534_ = ~((_0533_ | _0532_) & _0484_);
  assign _0536_ = _0516_ | _0503_;
  assign _0537_ = _0512_ & _0514_;
  assign _0538_ = ~(_0511_ | _0504_);
  assign _0539_ = ~(_0510_ | _0505_);
  assign _0540_ = ~(_0509_ & _0506_);
  assign _0541_ = ~((_0508_ | _0177_) & _0540_);
  assign _0542_ = ~A;
  assign _0543_ = B & _0542_;
  assign _0544_ = B | _0542_;
  assign _0545_ = ~((_0544_ & _0414_) | _0543_);
  assign _0547_ = ~(_0545_ & D);
  assign _0548_ = _0545_ | D;
  assign _0549_ = ~((_0548_ & _0547_) | (_0056_ & _0259_));
  assign _0550_ = _0549_ ^ _0177_;
  assign _0551_ = _0550_ ^ _0541_;
  assign _0552_ = _0551_ ^ _0539_;
  assign _0553_ = _0552_ ^ _0538_;
  assign _0554_ = ~(_0553_ ^ _0537_);
  assign _0555_ = ~(_0512_ & _0478_);
  assign _0556_ = _0555_ & I;
  assign _0558_ = _0556_ ^ _0554_;
  assign _0559_ = _0558_ ^ _0536_;
  assign _0560_ = _0559_ ^ _0534_;
  assign _0561_ = _0560_ ^ _0531_;
  assign _0562_ = ~_0486_;
  assign _0563_ = _0562_ | _0461_;
  assign _0564_ = _0563_ | _0519_;
  assign _0565_ = _0564_ & N;
  assign _0566_ = ~(_0565_ ^ _0561_);
  assign _0567_ = ~(_0521_ & _0499_);
  assign _0569_ = ~(_0567_ & O);
  assign _0570_ = _0569_ ^ _0566_;
  assign _0571_ = ~((_0522_ & _0489_) | _0172_);
  assign _0572_ = ~(_0571_ ^ _0570_);
  assign _0573_ = ~(_0523_ & _0497_);
  assign _0574_ = ~(_0573_ & Q);
  assign _0575_ = _0574_ ^ _0572_;
  assign _0576_ = _0575_ ^ R;
  assign _0577_ = _0576_ ^ _0530_;
  assign _0578_ = ~(_0577_ ^ _0527_);
  assign _0580_ = _0465_ ^ _0450_;
  assign _0581_ = _0493_ ^ _0466_;
  assign _0582_ = _0581_ | _0580_;
  assign _0583_ = _0582_ & T;
  assign _0584_ = _0494_ & _0528_;
  assign _0585_ = _0584_ ^ _0526_;
  assign _0586_ = ~(_0585_ & _0583_);
  assign _0587_ = ~((_0578_ | _0161_) & _0586_);
  assign _0588_ = _0577_ & _0527_;
  assign _0589_ = _0575_ & R;
  assign _0591_ = ~((_0576_ & _0530_) | _0589_);
  assign _0592_ = ~((_0572_ | _0623_) & _0573_);
  assign _0593_ = _0571_ & _0570_;
  assign _0594_ = ~((_0566_ | _0315_) & _0567_);
  assign _0595_ = _0565_ & _0561_;
  assign _0596_ = _0560_ & _0531_;
  assign _0597_ = _0559_ & _0534_;
  assign _0598_ = ~(_0558_ | _0536_);
  assign _0599_ = ~((_0555_ & _0554_) | _0761_);
  assign _0600_ = _0474_ | _0473_;
  assign _0601_ = _0509_ | _0600_;
  assign _0602_ = _0540_ & F;
  assign _0603_ = ~((_0551_ & F) | (_0602_ & _0601_));
  assign _0604_ = ~_0506_;
  assign _0605_ = _0550_ & _0541_;
  assign _0606_ = _0056_ & A;
  assign _0607_ = ~((_0104_ & C) | _0259_);
  assign _0608_ = _0607_ & _0547_;
  assign _0609_ = ~((_0608_ | _0606_) & (_0549_ | _0177_));
  assign _0610_ = ~((_0609_ | _0605_) & _0604_);
  assign _0613_ = _0610_ ^ _0603_;
  assign _0614_ = _0552_ & _0538_;
  assign _0615_ = ~((_0553_ & _0537_) | _0614_);
  assign _0616_ = ~(_0615_ ^ _0613_);
  assign _0617_ = _0616_ ^ _0599_;
  assign _0618_ = _0617_ ^ _0598_;
  assign _0619_ = _0618_ ^ _0597_;
  assign _0620_ = _0619_ ^ _0596_;
  assign _0621_ = _0620_ ^ _0595_;
  assign _0622_ = _0621_ ^ _0594_;
  assign _0624_ = _0622_ ^ _0593_;
  assign _0625_ = ~(_0624_ ^ _0592_);
  assign _0626_ = _0625_ ^ _0591_;
  assign _0627_ = _0626_ ^ _0588_;
  assign _0628_ = _0627_ & _0587_;
  assign _0629_ = _0626_ & _0588_;
  assign _0630_ = ~(_0625_ | _0591_);
  assign _0631_ = _0624_ & _0592_;
  assign _0632_ = _0616_ & _0599_;
  assign _0633_ = ~(_0613_ & _0614_);
  assign _0635_ = ~(_0610_ | _0603_);
  assign _0636_ = ~(_0506_ | _0606_);
  assign _0637_ = ~(_0636_ ^ _0635_);
  assign _0638_ = ~((_0553_ & _0537_) | _0637_);
  assign _0639_ = ~(_0638_ & _0633_);
  assign _0640_ = ~(_0639_ ^ _0632_);
  assign _0641_ = _0617_ & _0598_;
  assign _0642_ = ~((_0618_ & _0597_) | _0641_);
  assign _0643_ = ~(_0642_ ^ _0640_);
  assign _0644_ = _0619_ & _0596_;
  assign _0646_ = ~((_0620_ & _0595_) | _0644_);
  assign _0647_ = ~(_0646_ ^ _0643_);
  assign _0648_ = _0621_ & _0594_;
  assign _0649_ = ~((_0622_ & _0593_) | _0648_);
  assign _0650_ = _0649_ ^ _0647_;
  assign _0651_ = _0650_ ^ _0631_;
  assign _0652_ = _0651_ ^ _0630_;
  assign _0653_ = _0652_ ^ _0629_;
  assign _0654_ = ~(_0653_ | _0628_);
  assign _0655_ = ~_0433_;
  assign _0657_ = ~((_0435_ | _0434_) & _0655_);
  assign _0658_ = _0650_ & _0631_;
  assign _0659_ = _0432_ & _0419_;
  assign _0660_ = _0431_ & _0420_;
  assign _0661_ = ~(_0430_ | _0429_);
  assign _0662_ = _0424_ | _0427_;
  assign _0663_ = ~((_0639_ & _0632_) | (_0635_ & _0606_));
  assign _0664_ = _0663_ & _0662_;
  assign _0665_ = ~((_0642_ | _0640_) & _0664_);
  assign _0666_ = _0665_ | _0661_;
  assign _0668_ = ~(_0666_ | _0660_);
  assign _0669_ = ~((_0646_ | _0643_) & _0668_);
  assign _0670_ = ~(_0669_ | _0659_);
  assign _0671_ = ~((_0649_ | _0647_) & _0670_);
  assign _0672_ = _0671_ | _0658_;
  assign _0673_ = ~((_0651_ & _0630_) | _0672_);
  assign _0674_ = ~(_0673_ & _0657_);
  assign _0675_ = ~((_0652_ & _0629_) | _0674_);
  assign _0676_ = _0675_ & _0654_;
  assign _0677_ = ~((_0441_ | _0438_) & _0676_);
  assign _0679_ = ~(_0677_ | _0443_);
  assign _0680_ = ~(_0586_ & T);
  assign _0681_ = _0680_ ^ _0578_;
  assign _0682_ = _0681_ & U;
  assign _0683_ = _0585_ ^ _0583_;
  assign _0684_ = _0580_ ^ _0161_;
  assign _0685_ = ~(_0684_ | _0397_);
  assign _0686_ = ~(_0580_ | _0161_);
  assign _0687_ = _0686_ ^ _0581_;
  assign _0688_ = _0687_ & _0685_;
  assign _0690_ = _0683_ ? U : _0688_;
  assign _0691_ = _0681_ ^ U;
  assign _0692_ = _0691_ & _0690_;
  assign _0693_ = _0692_ | _0682_;
  assign _0694_ = _0627_ ^ _0587_;
  assign _0695_ = _0683_ ^ U;
  assign _0696_ = _0687_ ^ _0685_;
  assign _0697_ = ~(_0696_ & V);
  assign _0698_ = ~(_0697_ | _0695_);
  assign _0699_ = _0688_ ? _0683_ : _0695_;
  assign _0701_ = _0684_ ^ _0397_;
  assign _0702_ = _0449_ ^ _0124_;
  assign _0703_ = ~(_0702_ | _0701_);
  assign _0704_ = ~(_0703_ | _0696_);
  assign _0705_ = _0704_ | _0699_;
  assign _0706_ = ~((_0705_ & V) | _0698_);
  assign _0707_ = ~(_0691_ ^ _0690_);
  assign _0708_ = _0707_ | _0706_;
  assign _0709_ = ~((_0691_ & _0690_) | _0682_);
  assign _0710_ = _0694_ ^ _0709_;
  assign _0712_ = ~(_0710_ | _0708_);
  assign _0713_ = ~((_0694_ & _0693_) | _0712_);
  assign _0714_ = _0713_ & _0679_;
  assign _0715_ = _0127_ & _0089_;
  assign _0716_ = _0442_ ^ _0418_;
  assign _0717_ = ~(_0716_ & _0715_);
  assign _0718_ = _0707_ & _0706_;
  assign _0719_ = _0702_ ^ V;
  assign _0720_ = ~((_0719_ | _0701_) & (_0699_ | V));
  assign _0721_ = _0720_ | _0698_;
  assign _0723_ = _0703_ & V;
  assign _0724_ = ~_0723_;
  assign _0725_ = _0724_ | _0699_;
  assign _0726_ = _0696_ ? _0723_ : _0725_;
  assign _0727_ = _0726_ | _0721_;
  assign _0728_ = ~((_0727_ | _0718_) & _0708_);
  assign _0729_ = ~(_0109_ & _0111_);
  assign _0730_ = ~(_0113_ & _0098_);
  assign _0731_ = ~((_0730_ & _0729_) | _0429_);
  assign _0732_ = _0731_ | _0660_;
  assign _0734_ = ~(_0732_ | _0659_);
  assign _0735_ = _0734_ & _0657_;
  assign _0736_ = _0735_ & _0662_;
  assign _0737_ = ~((_0438_ | _0439_) & _0736_);
  assign _0738_ = ~(_0707_ | _0706_);
  assign _0739_ = _0653_ ^ _0628_;
  assign _0740_ = ~((_0739_ & _0738_) | _0710_);
  assign _0741_ = ~((_0740_ & _0728_) | (_0737_ & _0443_));
  assign _0742_ = _0741_ & _0717_;
  assign _0743_ = ~(_0742_ & _0714_);
  assign _0745_ = _0716_ ^ _0715_;
  assign _0746_ = ~((_0745_ & _0417_) | _0743_);
  assign _0747_ = ~(_0417_ | _0129_);
  assign _0748_ = _0745_ ^ _0417_;
  assign _0749_ = ~((_0747_ & _0085_) | _0748_);
  assign _0750_ = _0749_ & _0746_;
  assign _0751_ = _0750_ & _0416_;
  assign valid = _0751_ & _0135_;
endmodule